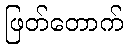
ဖြတ်တောက်